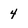
Character: 4